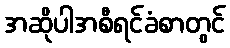
အဆိုပါအစီရင်ခံစာတွင်